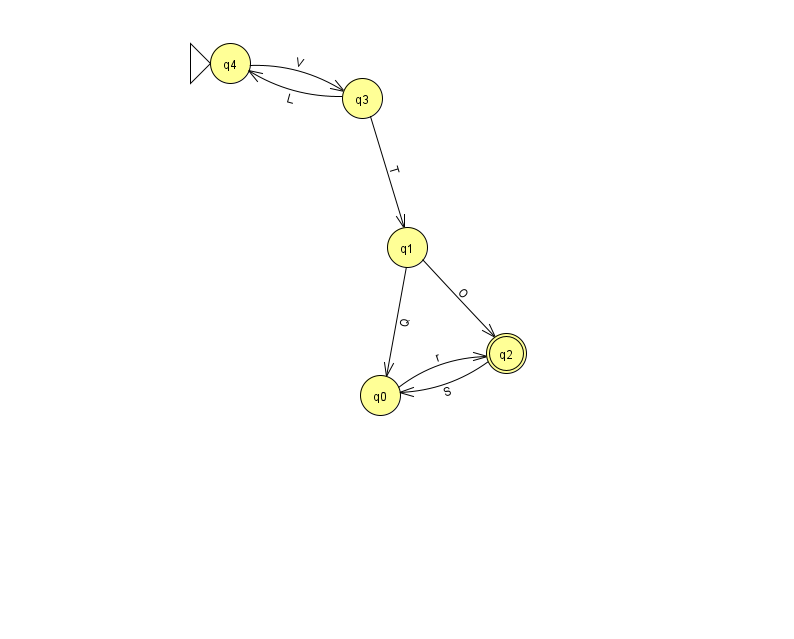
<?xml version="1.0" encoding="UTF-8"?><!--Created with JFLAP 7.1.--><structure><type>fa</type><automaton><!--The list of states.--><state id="0" name="q0"><x>380.0</x><y>382.0</y></state><state id="1" name="q1"><x>407.0</x><y>234.0</y></state><state id="2" name="q2"><x>506.0</x><y>340.0</y><final/></state><state id="3" name="q3"><x>362.0</x><y>85.0</y></state><state id="4" name="q4"><x>230.0</x><y>50.0</y><initial/></state><!--The list of transitions.--><transition><from>4</from><to>3</to><read>V</read></transition><transition><from>3</from><to>1</to><read>T</read></transition><transition><from>0</from><to>2</to><read>r</read></transition><transition><from>1</from><to>0</to><read>Q</read></transition><transition><from>2</from><to>0</to><read>S</read></transition><transition><from>3</from><to>4</to><read>L</read></transition><transition><from>1</from><to>2</to><read>O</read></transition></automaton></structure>